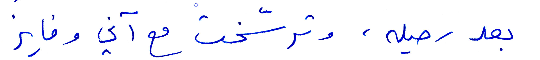
بعد رحيله، وترسّخت مع آني وفايز